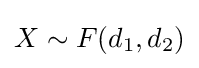
X\sim F(d_{1},d_{2})